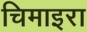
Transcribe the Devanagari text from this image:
चिमाइरा